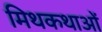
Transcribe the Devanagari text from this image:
मिथकथाओं